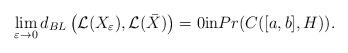
LaTeX: \begin{align*}\lim_{\varepsilon\rightarrow0}d_{BL}\left(\mathcal L(X_{\varepsilon}),\mathcal L(\bar{X})\right)=0{\rm{in}}Pr(C([a,b],H)).\end{align*}